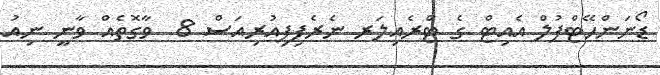
ޑޯނަންހޭޓްފުލް އެއިޓް ގެ ޓްރެއިލަރ ނެރެފިފިއުރިއަސް 8  ވާގޮތެއް ވާނީ ނިއު